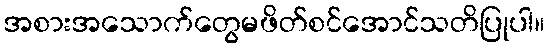
အစားအသောက်တွေမဖိတ်စင်အောင်သတိပြုပါ။